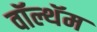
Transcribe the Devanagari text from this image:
वॉल्थॅम